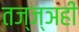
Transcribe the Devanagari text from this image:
तज्ज्ञही